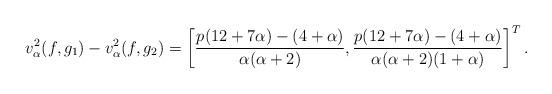
LaTeX: \begin{align*} v_\alpha^2(f,g_1)-v_\alpha^2(f,g_2)=\left[\frac{p(12+7\alpha)-(4+\alpha)}{\alpha(\alpha+2)}, \frac{p(12+7\alpha)-(4+\alpha)}{\alpha(\alpha+2)(1+\alpha)}\right]^T.\end{align*}